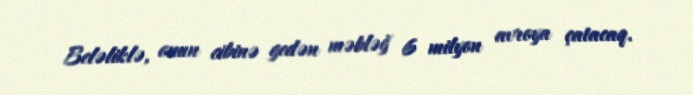
Beləliklə, onun cibinə gedən məbləğ 6 milyon avroya çatacaq.